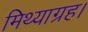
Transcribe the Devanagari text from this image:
मिथ्याग्रह।